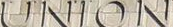
UNION